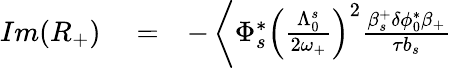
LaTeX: \begin{array}{rlr}{Im(R_{+})}&{{}=}&{-\left\langle\Phi_{s}^{*}\left(\frac{\Lambda_{0}^{s}}{2\omega_{+}}\right)^{2}\frac{\beta_{s}^{+}\delta\phi_{0}^{*}\beta_{+}}{\tau b_{s}}\right.}\end{array}